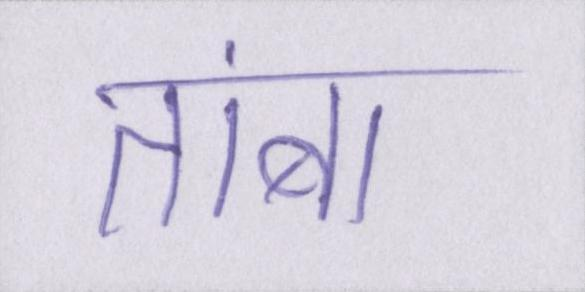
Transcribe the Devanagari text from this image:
तांबा